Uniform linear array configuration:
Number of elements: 32
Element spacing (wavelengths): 0.75
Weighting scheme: hann
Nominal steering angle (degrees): -45
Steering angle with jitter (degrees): -44.393
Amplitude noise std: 0.05
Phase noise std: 0.05

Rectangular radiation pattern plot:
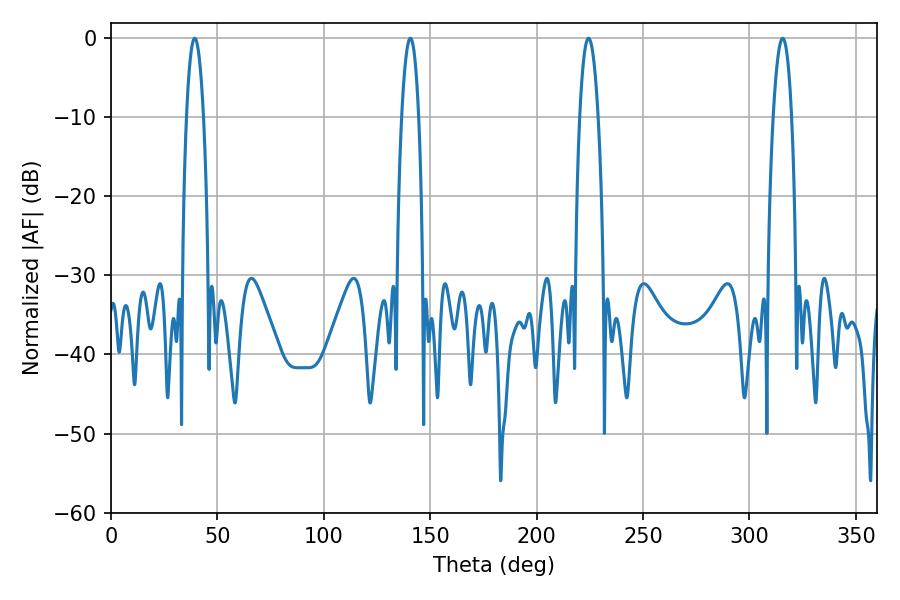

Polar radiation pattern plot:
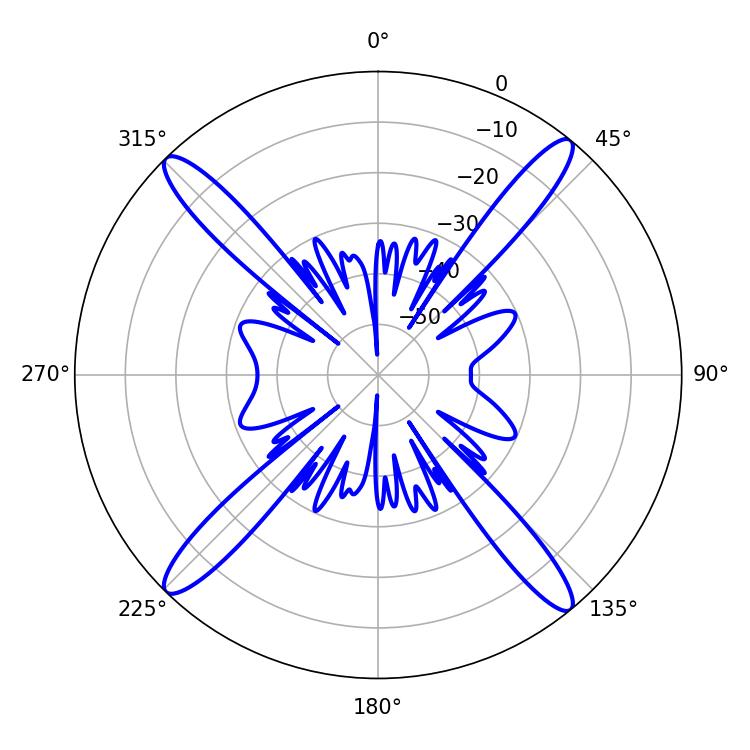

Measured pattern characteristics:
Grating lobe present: TRUE
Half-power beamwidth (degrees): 4.68
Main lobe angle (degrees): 224.46